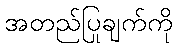
အတည်ပြုချက်ကို